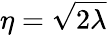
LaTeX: \eta=\sqrt{2\lambda}